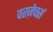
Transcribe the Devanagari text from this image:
वरज़ेचर्स